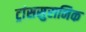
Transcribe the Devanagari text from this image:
ट्रांससुरानिक